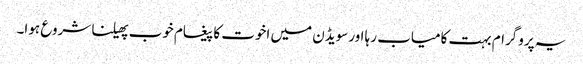
یہ پروگرام بہت کامیاب رہا اورسویڈن میں اخوت کا پیغام خوب پھیلنا شروع ہوا۔